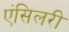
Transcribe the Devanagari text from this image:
एंसिलरी